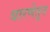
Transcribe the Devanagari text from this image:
धारणेतून